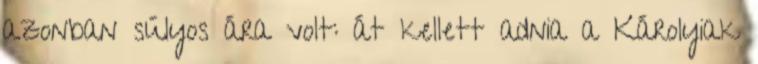
azonban súlyos ára volt: át kellett adnia a Károlyiak